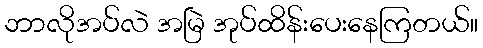
ဘာလိုအပ်လဲ အမြဲ အုပ်ထိန်းပေးနေကြတယ်။